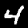
Label: 4